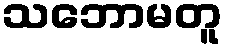
သဘောမတူ